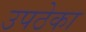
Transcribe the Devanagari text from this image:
उपठेका